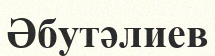
Әбутәлиев